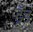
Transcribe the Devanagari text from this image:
ढूँड